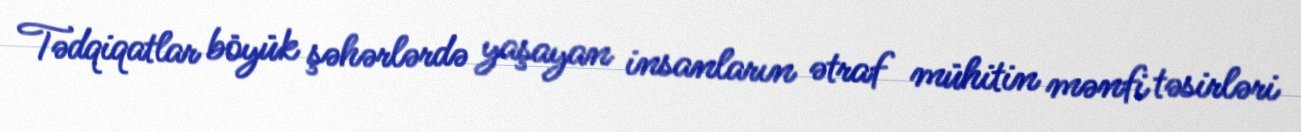
Tədqiqatlar böyük şəhərlərdə yaşayan insanların ətraf mühitin mənfi təsirləri